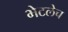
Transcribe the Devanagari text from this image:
भेटलेच